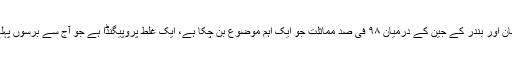
حقیقت یہ ہے کہ انسان اور بندر کے جین کے درمیان ۹۸ فی صد مماثلت جو ایک اہم موضوع بن چکا ہے، ایک غلط پروپیگنڈا ہے جو آج سے برسوں پہلے تیار کرلیا گیا تھا۔